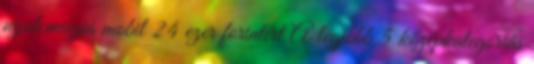
nyolcmagos mobil 24 ezer forintért A legjobb 5 középkategóriás